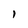
Character: I